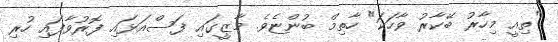
"ތިއީ މިހާރު ބޭކާރު ވާހަކަ" ހާތިމް ބުންޏެވެ. މާޒީގައި ފަސްއަޅައި ފޮރުވާފައި ހުރި